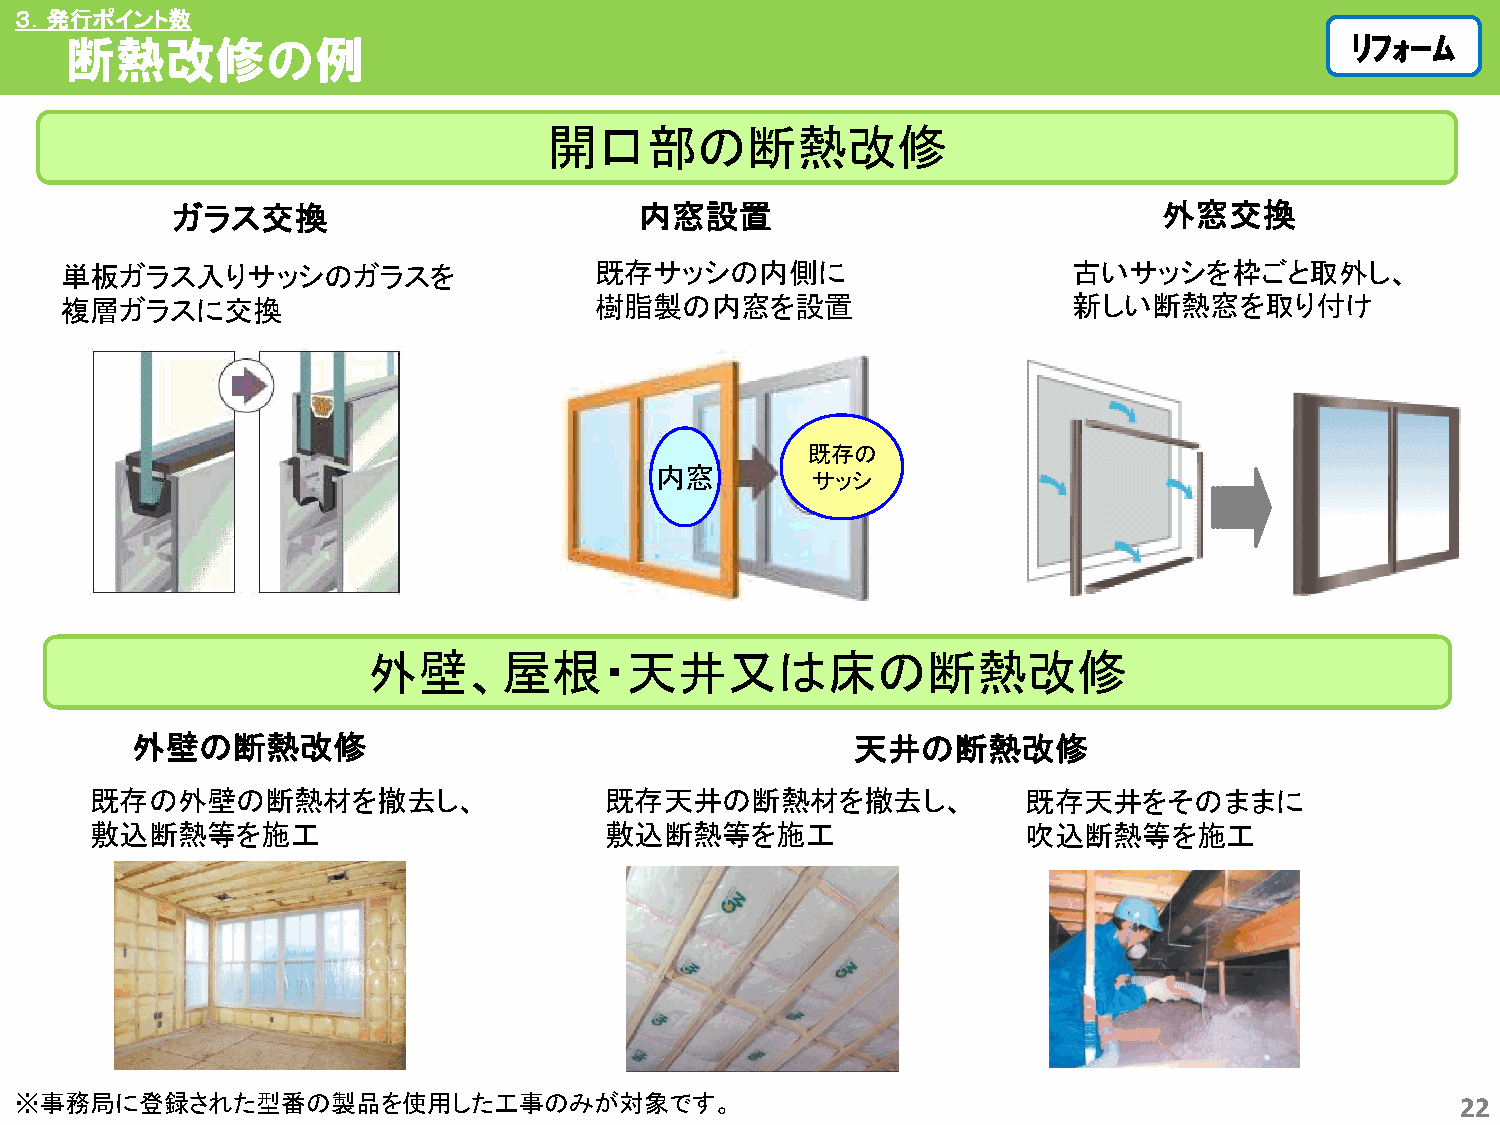
３．発行ポイント数
 断熱改修の例                                                                                ﾘﾘﾌﾌｫｫｰｰﾑﾑ
 開口部の断熱改修
 ガラス交換                          内窓設置                               外窓交換
 単板ガラス入りサッシのガラスを                    既存サッシの内側に                       古いサッシを枠ごと取外し、
 複層ガラスに交換                           樹脂製の内窓を設置                       新しい断熱窓を取り付け
 既存の
 内窓
 サッシ
 外壁、屋根・天井又は床の断熱改修
 外壁の断熱改修                                         天井の断熱改修
 既存の外壁の断熱材を撤去し、                    既存天井の断熱材を撤去し、               既存天井をそのままに
 敷込断熱等を施工                          敷込断熱等を施工                    吹込断熱等を施工
 ※事務局に登録された型番の製品を使用した工事のみが対象です。                                                                  22